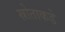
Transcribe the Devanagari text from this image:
स्रोताकडे